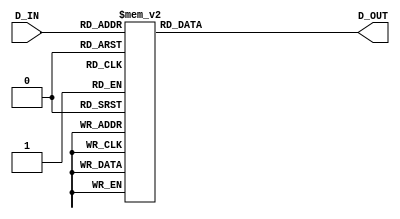
`timescale 1ns / 1ps
//////////////////////////////////////////////////////////////////////////////////
// Company: 
// Engineer: 
// 
// Design Name: 
// Module Name:    S5 
// Project Name: 
// Target Devices: 
// Tool versions: 
// Description: 
//
// Dependencies: 
//
// Revision: 
// Revision 0.01 - File Created
// Additional Comments: 
//
//////////////////////////////////////////////////////////////////////////////////
module S5(
    input  [4:0] D_IN,
    output reg [3:0] D_OUT
);
	always @(D_IN) begin
		case(D_IN)
			 0 : D_OUT = 9;
			 1 : D_OUT = 0;
			 2 : D_OUT = 4;
			 3 : D_OUT = 11;
			 4 : D_OUT = 13;
			 5 : D_OUT = 12;
			 6 : D_OUT = 3;
			 7 : D_OUT = 15;
			 8 : D_OUT = 1;
			 9 : D_OUT = 10;
			10 : D_OUT = 2;
			11 : D_OUT = 6;
			12 : D_OUT = 7;
			13 : D_OUT = 5;
			14 : D_OUT = 8;
			15 : D_OUT = 14;
			16 : D_OUT = 3;
			17 : D_OUT = 12;
			18 : D_OUT = 6;
			19 : D_OUT = 13;
			20 : D_OUT = 5;
			21 : D_OUT = 7;
			22 : D_OUT = 1;
			23 : D_OUT = 9;
			24 : D_OUT = 15;
			25 : D_OUT = 2;
			26 : D_OUT = 0;
			27 : D_OUT = 4;
			28 : D_OUT = 11;
			29 : D_OUT = 10;
			30 : D_OUT = 14;
			31 : D_OUT = 8;
		endcase
	end
endmodule